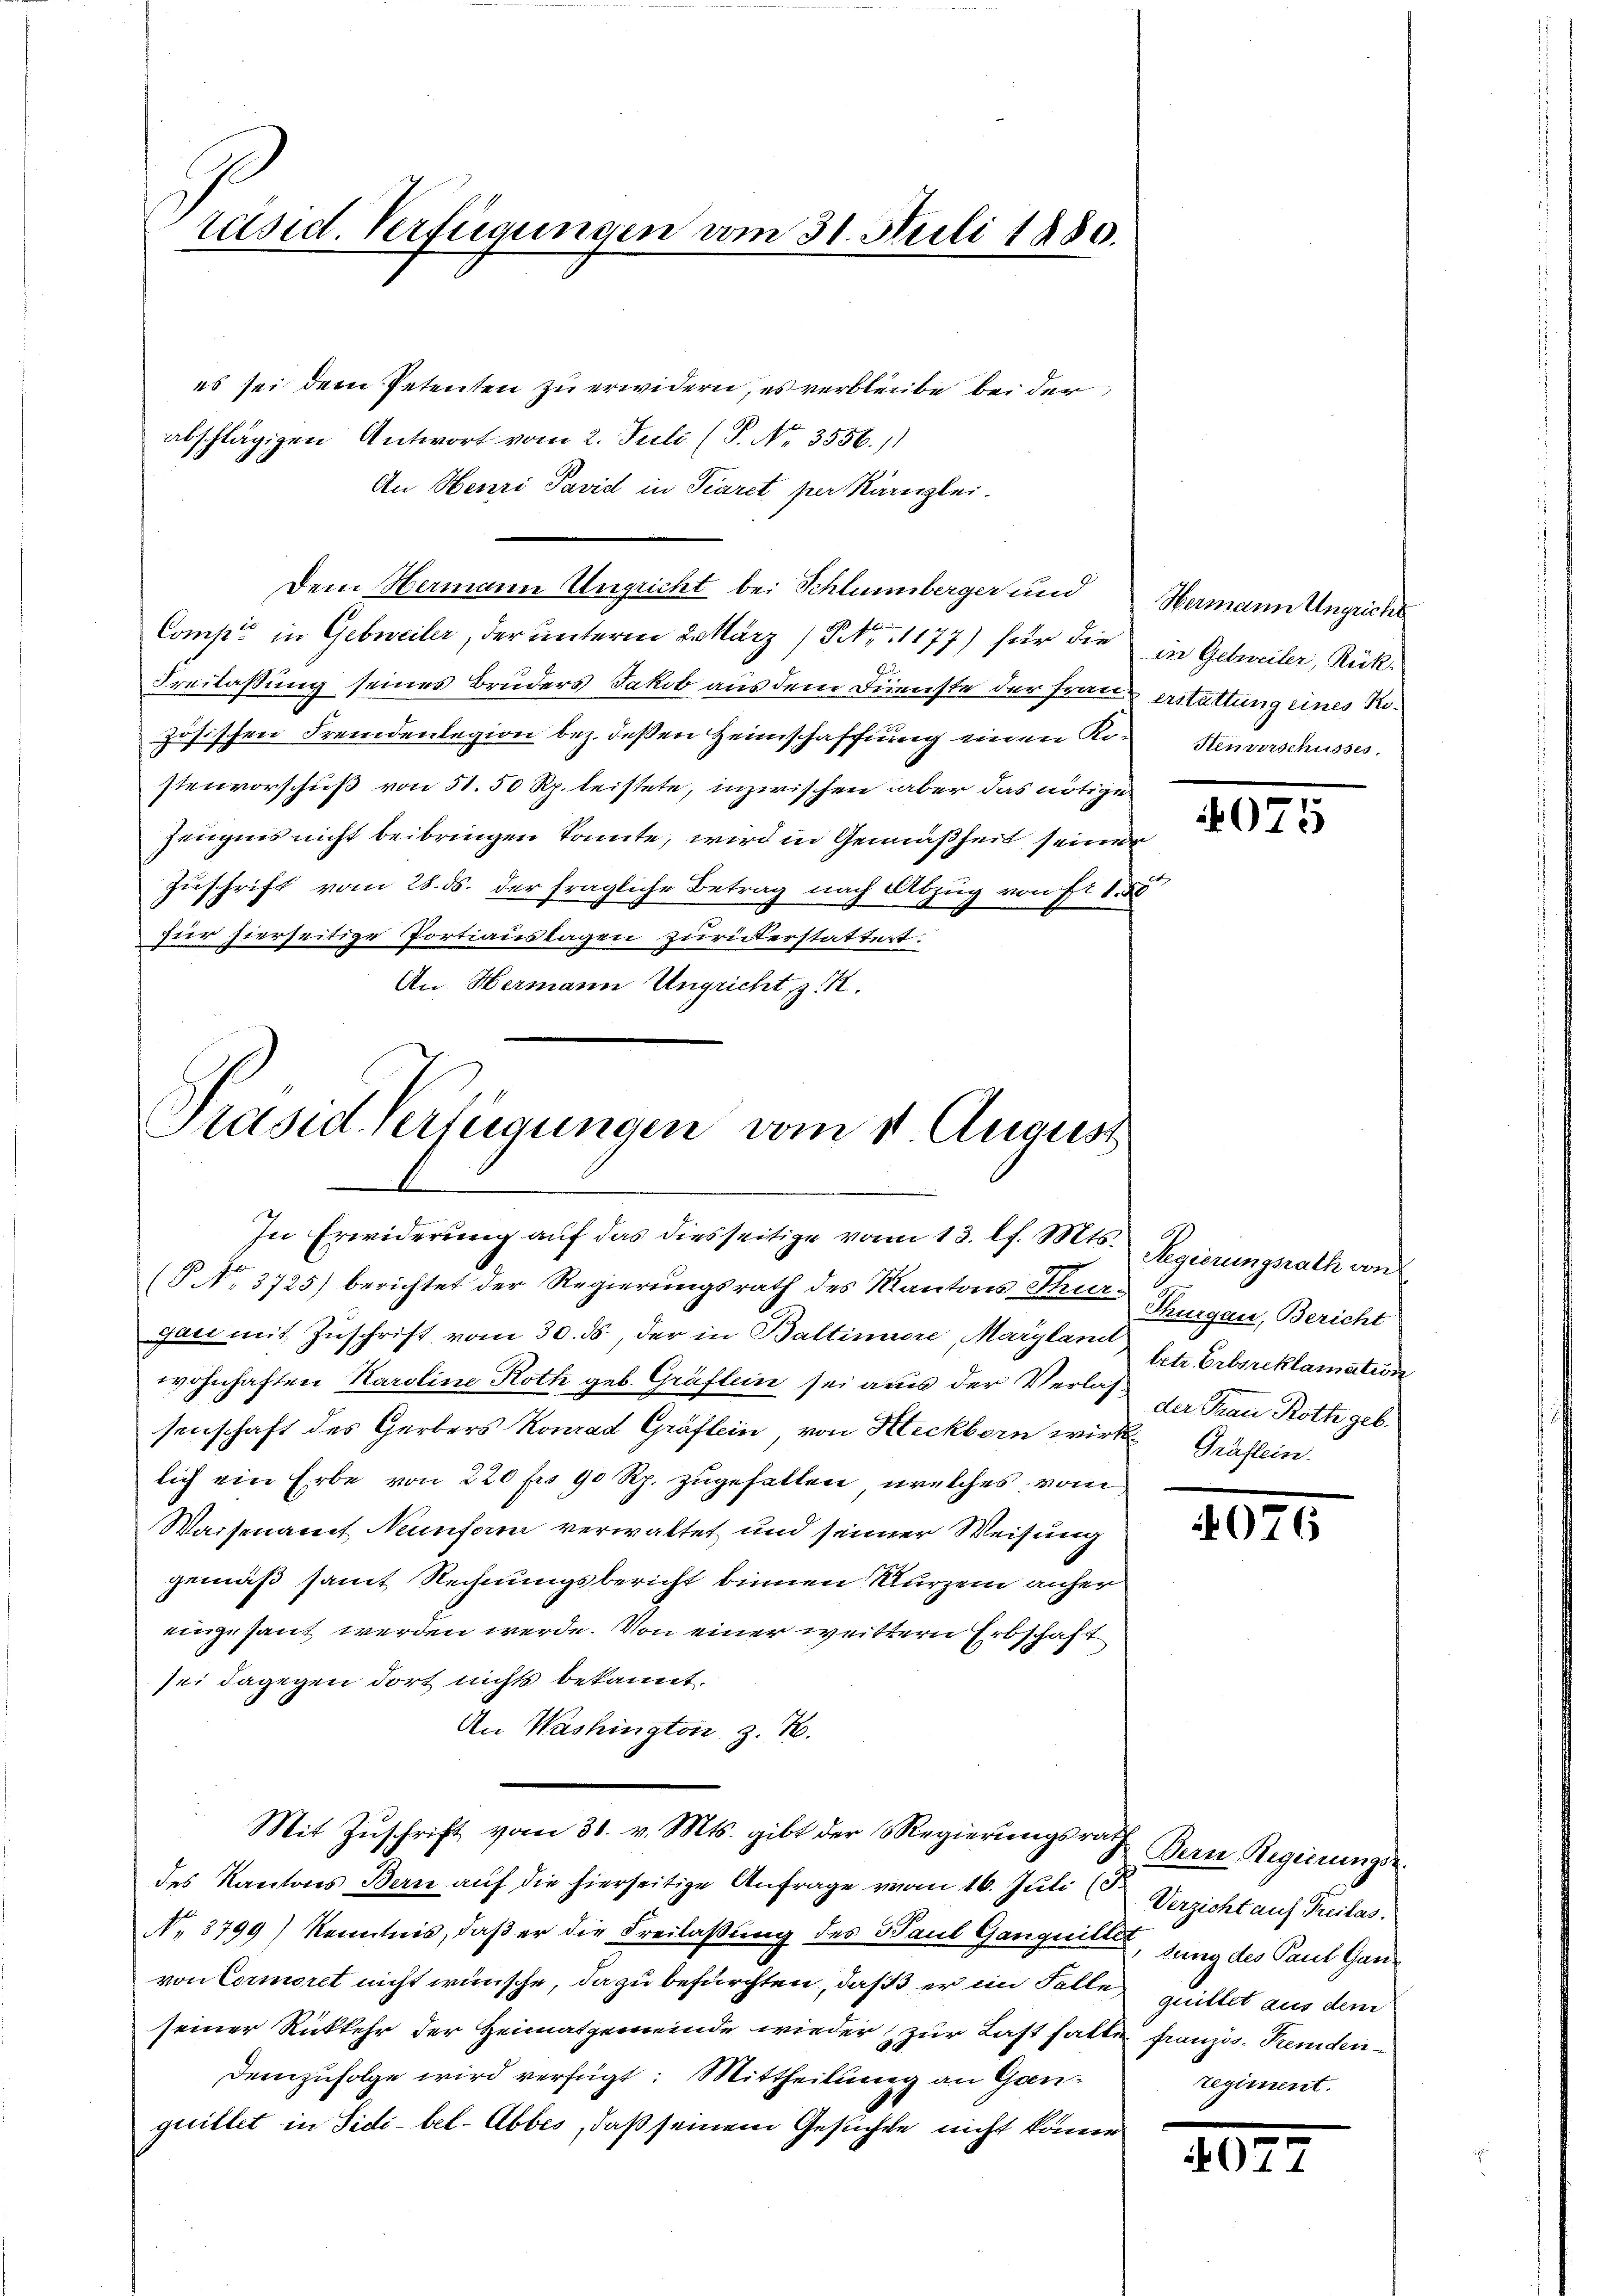
räsid. Verfügungen vom 31. Juli 1880.

es sei dem Petenten zu erwidern, es verbleibe bei der
abschlägigen Antwort vom 2. Juli (P. Nr. 3556.)
An Henri Pavid in Tearet per Kanzlei-
Dem Hermann Ungricht bei Schlumberger und Hermann Ungricht
Comp. in Gebwveiler, der unterm 2. März (S. 1177) für die in Gebweiler, Rück¬
2
Freilassung seines Bruders Jakob aus dem Dienste der Frau erstattung eines Nozösischen Fremdenlegion bez. deßen Heimschaffung einen Kostenverschusses.
stenvorschuß von 51. 50 Rp. leistete, inzwischen aber das nötige
Zeugnis nicht beibringen könnte, wird in Gemäßheit seiner
Zuschrift vom 28. ds. der fragliche Betrag nach Abzug von Fr. 188
zur hierseitige Portiauslagen zurükerstattet.
An Hermann Ungricht, z. B.

Präsid Verfügungen vom 1. August
In Erwiderung auf das diesseitige vom 13. l. Mts.

(P No. 3725) berichtet der Regierungsrath des Kantons Thur Thurgau, Bericht
gar mit Zuschrift vom 30. ds., der in Baltinuore, Maryland
wohnhaften Karoline Roth geb. Gräflein sei aus der Verlas der Frau Roth geb.
senschaft des Gerbers Konrad Gräflein, von Steckborn wirke Gräflein
lich ein Erbe von 220 fr. 90 Rp. zugefallen, welches vom
Waisenamt Neunform verwaltet und seiner Weisung
gemäß samt Rechnungsbericht binnen Wurzem anher
eingesant werden werde. Von einer weittern Erbschaft
sei dagegen dort nichts bekannt,
An Washington z. B.
Mit Zŭschrift vom 31. v. Mts. gibt der Regierŭngsrath Bern Regierungse
des Kantons Bern auf die hierseitige Anfrage vom 16. Juli (Verzicht auf Treitas.
No. 3799) Kenntnis, daß er die Freilaßung des Paul Gangnittelung des Paul Ganvon Cormoret nicht wünsche, da zu befürchten, daß 3 er im Falle quittet aus dem
seiner Rückkehr der Heimatgemeinde wieder zur Last hatte französ. Fremden¬
Demzufolge wird verfügt: Mittheilung an Ganquillet in Sidi-bel-Abbes, daß seinem Gesuchte nicht könn

4075

Regierungsrath von
betr. Erbsreklamation

4076

regiment.

207